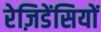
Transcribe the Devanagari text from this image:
रेज़िडेंसियों